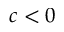
c < 0